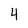
Character: 4